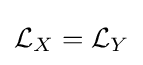
{\mathcal {L}}_{X}={\mathcal {L}}_{Y}